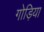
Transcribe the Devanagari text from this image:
गोड़िया